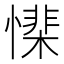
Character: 𢡅